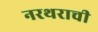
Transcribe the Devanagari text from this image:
नरथराची